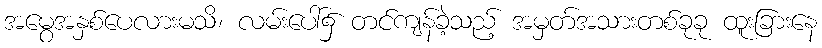
အမွေအနှစ်ပေလားမသိ၊ လမ်းပေါ်၌ တင်ကျန်ခဲ့သည့် အမှတ်အသားတစ်ခုခု ထူးခြားနေ